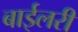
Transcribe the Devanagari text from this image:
बाईलरी